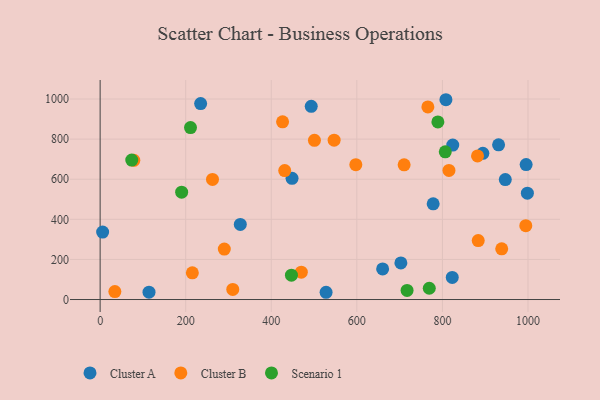
{"axis": {"x": "Engine Size", "y": "Profit"}, "legend": ["Cluster A", "Cluster B", "Scenario 1"], "data": [{"x": "995.7", "y": 672.8, "type": "Cluster A"}, {"x": "931.3", "y": 771.5, "type": "Cluster A"}, {"x": "448.5", "y": 604.3, "type": "Cluster A"}, {"x": "234.9", "y": 977.1, "type": "Cluster A"}, {"x": "808.2", "y": 996.4, "type": "Cluster A"}, {"x": "493.4", "y": 963.5, "type": "Cluster A"}, {"x": "5.8", "y": 336.2, "type": "Cluster A"}, {"x": "894.5", "y": 729.1, "type": "Cluster A"}, {"x": "998.6", "y": 530.3, "type": "Cluster A"}, {"x": "947.0", "y": 598.0, "type": "Cluster A"}, {"x": "114.2", "y": 36.9, "type": "Cluster A"}, {"x": "528.1", "y": 36.2, "type": "Cluster A"}, {"x": "823.0", "y": 110.1, "type": "Cluster A"}, {"x": "778.4", "y": 477.3, "type": "Cluster A"}, {"x": "702.9", "y": 182.4, "type": "Cluster A"}, {"x": "660.3", "y": 152.4, "type": "Cluster A"}, {"x": "824.2", "y": 770.4, "type": "Cluster A"}, {"x": "327.6", "y": 374.7, "type": "Cluster A"}, {"x": "882.1", "y": 716.2, "type": "Cluster B"}, {"x": "34.4", "y": 39.8, "type": "Cluster B"}, {"x": "262.6", "y": 599.1, "type": "Cluster B"}, {"x": "546.9", "y": 794.6, "type": "Cluster B"}, {"x": "290.2", "y": 251.7, "type": "Cluster B"}, {"x": "710.5", "y": 671.7, "type": "Cluster B"}, {"x": "994.9", "y": 368.3, "type": "Cluster B"}, {"x": "815.3", "y": 643.8, "type": "Cluster B"}, {"x": "78.7", "y": 694.3, "type": "Cluster B"}, {"x": "766.0", "y": 960.5, "type": "Cluster B"}, {"x": "938.6", "y": 252.9, "type": "Cluster B"}, {"x": "426.4", "y": 886.4, "type": "Cluster B"}, {"x": "215.5", "y": 133.1, "type": "Cluster B"}, {"x": "883.7", "y": 293.9, "type": "Cluster B"}, {"x": "431.4", "y": 643.3, "type": "Cluster B"}, {"x": "310.0", "y": 50.5, "type": "Cluster B"}, {"x": "470.2", "y": 136.4, "type": "Cluster B"}, {"x": "597.6", "y": 672.4, "type": "Cluster B"}, {"x": "500.9", "y": 794.1, "type": "Cluster B"}, {"x": "190.5", "y": 535.5, "type": "Scenario 1"}, {"x": "717.4", "y": 45.4, "type": "Scenario 1"}, {"x": "211.2", "y": 857.6, "type": "Scenario 1"}, {"x": "806.7", "y": 736.5, "type": "Scenario 1"}, {"x": "789.4", "y": 885.8, "type": "Scenario 1"}, {"x": "769.3", "y": 56.3, "type": "Scenario 1"}, {"x": "73.9", "y": 695.3, "type": "Scenario 1"}, {"x": "447.1", "y": 121.5, "type": "Scenario 1"}]}